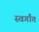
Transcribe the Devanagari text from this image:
स्वर्गांत